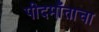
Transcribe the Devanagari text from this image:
पीदमाँताचा